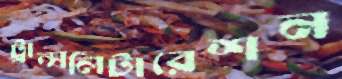
ট্রান্সলিটারেশন